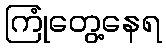
ကြုံတွေ့နေရ